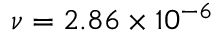
\nu = 2 . 8 6 \times 1 0 ^ { - 6 }